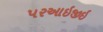
પરઆઇજીઇ